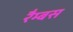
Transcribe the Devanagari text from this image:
रैम्बस